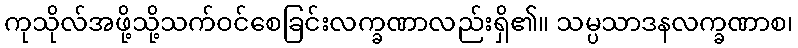
ကုသိုလ်အဖို့သို့သက်ဝင်စေခြင်းလက္ခဏာလည်းရှိ၏။ သမ္ပသာဒနလက္ခဏာစ၊